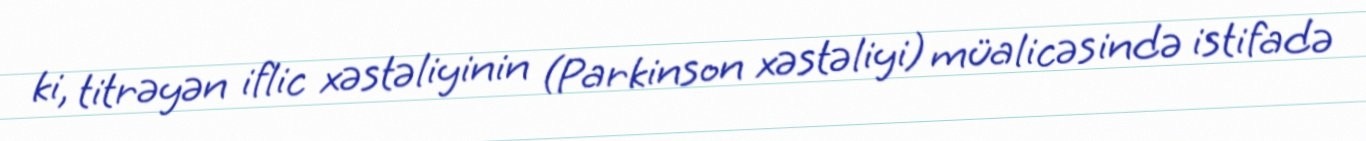
ki, titrəyən iflic xəstəliyinin (Parkinson xəstəliyi) müalicəsində istifadə